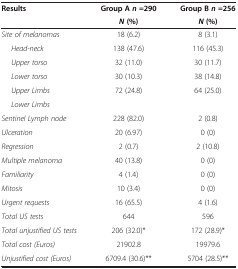
<table><thead><tr><td rowspan="2"><b>Results</b></td><td><b>Group A <i>n </i>=290</b></td><td><b>Group B <i>n </i>=256</b></td></tr><tr><td><b><i>N </i>(%)</b></td><td><b><i>N </i>(%)</b></td></tr></thead><tbody><tr><td><i>Site of melanomas</i></td><td>18 (6.2)</td><td>8 (3.1)</td></tr><tr><td><i>Head-neck</i></td><td>138 (47.6)</td><td>116 (45.3)</td></tr><tr><td><i>Upper torso</i></td><td>32 (11.0)</td><td>30 (11.7)</td></tr><tr><td><i>Lower torso</i></td><td>30 (10.3)</td><td>38 (14.8)</td></tr><tr><td><i>Upper Limbs</i></td><td>72 (24.8)</td><td>64 (25.0)</td></tr><tr><td><i>Lower Limbs</i></td><td> </td><td> </td></tr><tr><td><i>Sentinel Lymph node</i></td><td>228 (82.0)</td><td>2 (0.8)</td></tr><tr><td><i>Ulceration</i></td><td>20 (6.97)</td><td>0 (0)</td></tr><tr><td><i>Regression</i></td><td>2 (0.7)</td><td>2 (10.8)</td></tr><tr><td><i>Multiple melanoma</i></td><td>40 (13.8)</td><td>0 (0)</td></tr><tr><td><i>Familiarity</i></td><td>4 (1.4)</td><td>0 (0)</td></tr><tr><td><i>Mitosis</i></td><td>10 (3.4)</td><td>0 (0)</td></tr><tr><td><i>Urgent requests</i></td><td>16 (65.5)</td><td>4 (1.6)</td></tr><tr><td><i>Total US tests</i></td><td>644</td><td>596</td></tr><tr><td><i>Total unjustified US tests</i></td><td>206 (32.0)*</td><td>172 (28.9)*</td></tr><tr><td><i>Total cost (Euros)</i></td><td>21902.8</td><td>19979.6</td></tr><tr><td><i>Unjustified cost (Euros)</i></td><td>6709.4 (30.6)**</td><td>5704 (28.5)**</td></tr></tbody></table>